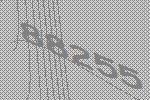
88255